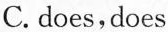
C. does,does